Scottish Leaving Certificate Examination, 1959
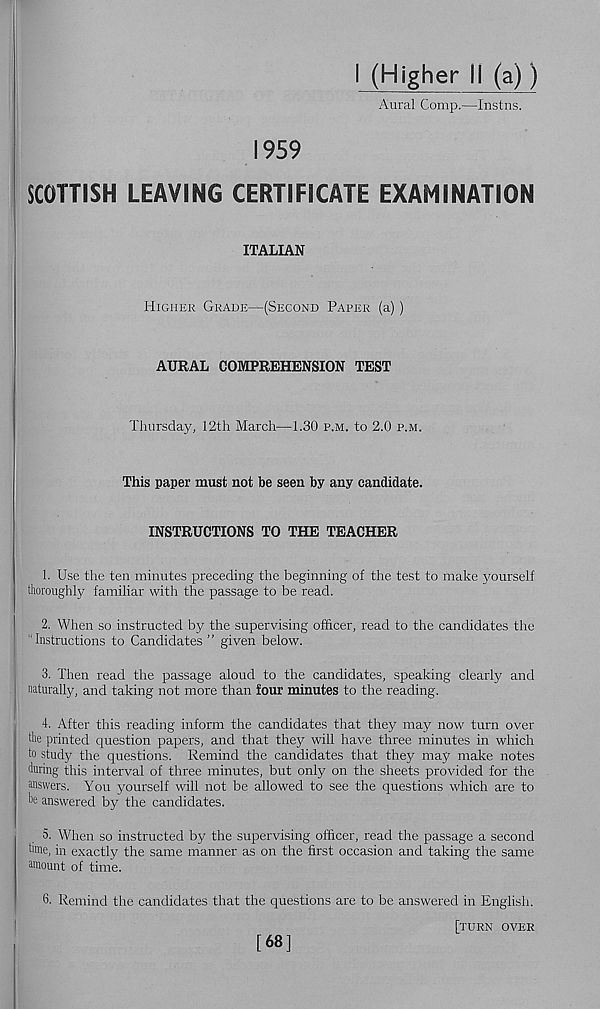
1959
I (Higher II (a))
Aural Comp.—Instns.
SCOTTISH LEAVING CERTIFICATE EXAMINATION
ITALIAN
Higher Grade—(Second Paper (a))
AURAL COMPREHENSION TEST
Thursday, 12th March—1.30 p.m. to 2.0 p.m.
This paper must not be seen by any candidate.
INSTRUCTIONS TO THE TEACHER
1. Use the ten minutes preceding the beginning of the test to make yourself
thoroughly familiar with the passage to be read.
2. When so instructed by the supervising officer, read to the candidates the
“Instructions to Candidates ” given below.
3. Then read the passage aloud to the candidates, speaking clearly and
naturally, and taking not more than four minutes to the reading.
4. After this reading inform the candidates that they may now turn over
the printed question papers, and that they will have three minutes in which
to study the questions. Remind the candidates that they may make notes
during this interval of three minutes, but only on the sheets provided for the
answers. You yourself will not be allowed to see the questions which are to
he answered by the candidates.
5. When so instructed by the supervising officer, read the passage a second
tale, in exactly the same manner as on the first occasion and taking the same
amount of time.
6. Remind the candidates that the questions are to be answered in English.
[turn over
[68]